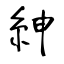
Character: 紳